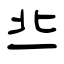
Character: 丠